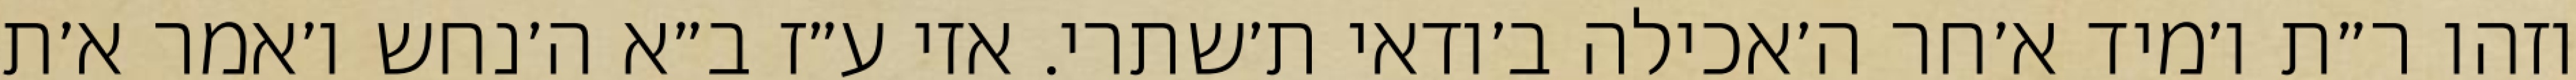
וזהו ר״ת ו׳מיד א׳חר ה׳אכילה ב׳ודאי ת׳שתרי. אזי ע״ז ב״א ה׳נחש ו׳אמר א׳ת